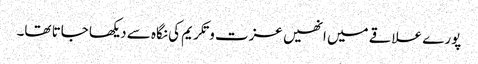
پورے علاقے میں انھیں عزت و تکریم کی نگاہ سے دیکھا جاتا تھا۔